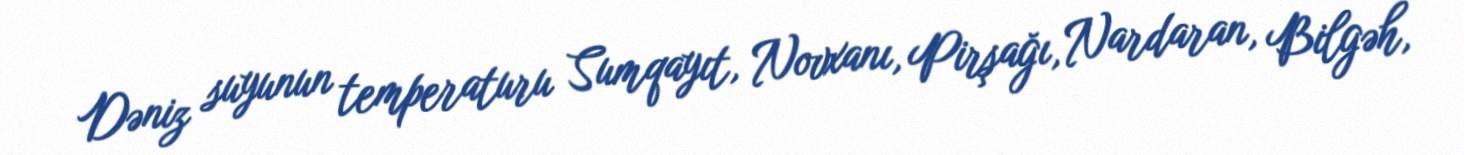
Dəniz suyunun temperaturu Sumqayıt, Novxanı, Pirşağı, Nardaran, Bilgəh,